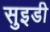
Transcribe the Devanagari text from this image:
सुइडी